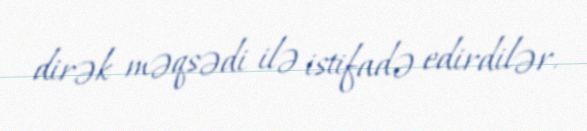
dirək məqsədi ilə istifadə edirdilər.